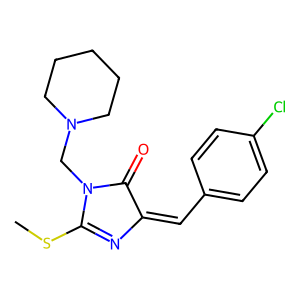
SMILES: CSC1=NC(=Cc2ccc(Cl)cc2)C(=O)N1CN1CCCCC1
Inhibits HIV replication: No